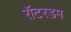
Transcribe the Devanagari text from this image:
रॉटरडम